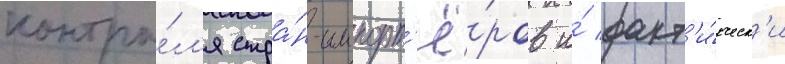
контро́л'я стра́н-импорт'ё́ров и́ факт'и́ческ'и